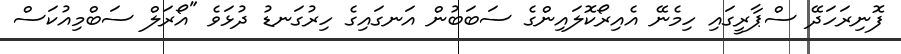
ފޮނިރަހަދޭ ސްޕާރީގައި ހިމެނޭ އެއިރޯކޮލައިންގެ ސަބަބުން އަނގައިގެ ހިރުގަނޑު ދުޅަވެ "އޯރަލް ސަބްމިއުކަސް